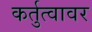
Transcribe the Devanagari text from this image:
कर्तुत्वावर